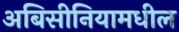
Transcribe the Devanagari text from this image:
अबिसीनियामधील